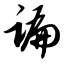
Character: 谝